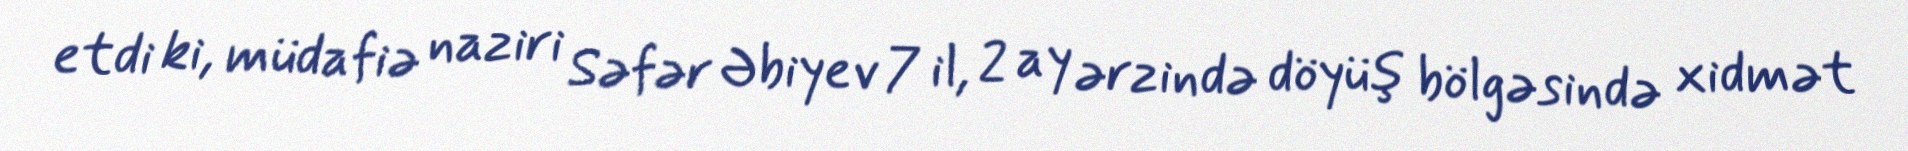
etdi ki, müdafiə naziri Səfər Əbiyev 7 il, 2 ay ərzində döyüş bölgəsində xidmət